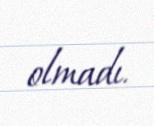
olmadı.